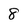
Character: 8